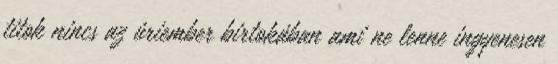
titok nincs az úriember birtokában ami ne lenne ingyenesen